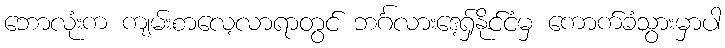
ဘောလုံးက ကျမ်းစာလေ့လာရာတွင် ဘင်္ဂလားဒေ့ရှ်နိုင်ငံမှ ကောက်ခံသွားမှာပါ